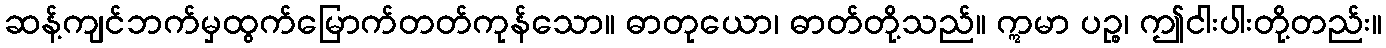
ဆန့်ကျင်ဘက်မှထွက်မြောက်တတ်ကုန်သော။ ဓာတုယော၊ ဓာတ်တို့သည်။ ဣမာ ပဉ္စ၊ ဤငါးပါးတို့တည်း။